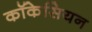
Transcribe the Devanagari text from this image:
कॉकेसियन